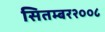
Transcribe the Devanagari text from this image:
सितम्बर२००८